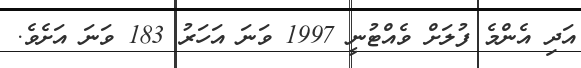
އަދި އެންމެ ފުލަށް ވެއްޓުނީ 1997 ވަނަ އަހަރު 183 ވަނަ އަށެވެ.